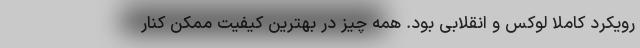
رویکرد کاملا لوکس و انقلابی بود. همه چیز در بهترین کیفیت ممکن کنار